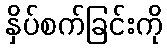
နှိပ်စက်ခြင်းကို